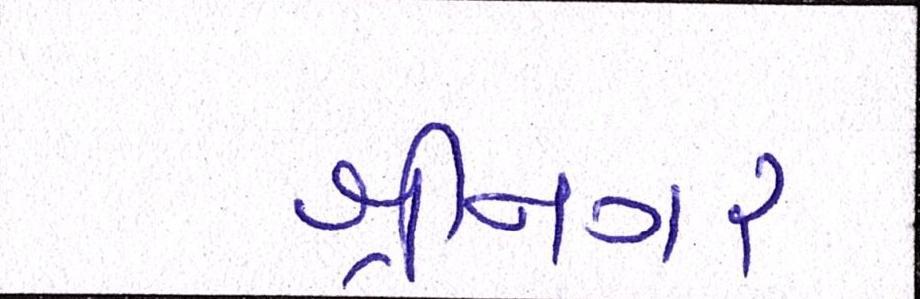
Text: શ્રીનગર